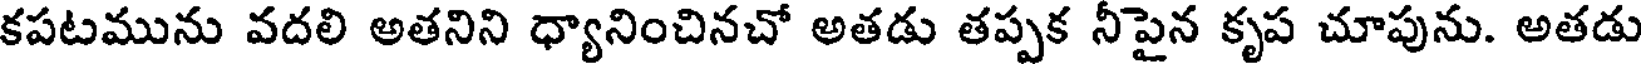
కపటమును వదలి అతనిని ధ్యానించినచో అతడు తప్పక నీపైన కృప చూపును. అతడు